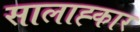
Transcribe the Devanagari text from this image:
सालाह्कार